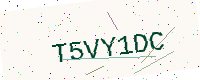
Text: T5VY1DC